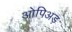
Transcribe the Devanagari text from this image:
ओपिअड़